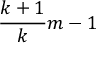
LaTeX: { \frac { k + 1 } { k } } m - 1